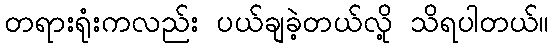
တရားရုံးကလည်း ပယ်ချခဲ့တယ်လို့ သိရပါတယ်။